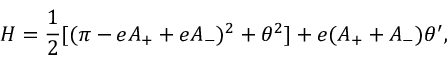
{ \cal H } = { \frac { 1 } { 2 } } [ ( \pi - e A _ { + } + e A _ { - } ) ^ { 2 } + \theta ^ { 2 } ] + e ( A _ { + } + A _ { - } ) \theta ^ { \prime } ,